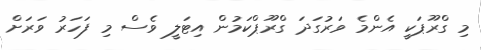
މި ގްރޫޕަކީ އެންމެ ވަރުގަދަ ގްރޫޕްކަމުން އިޓަލީ ވެސް މި ފަހަރު ވަރަށް